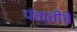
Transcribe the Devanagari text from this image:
पंक्तीचें